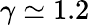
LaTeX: \gamma\simeq 1.2